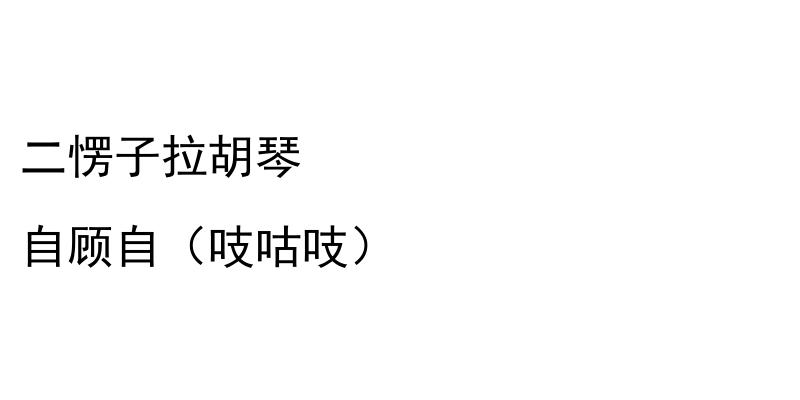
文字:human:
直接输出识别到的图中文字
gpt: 二愣子拉胡琴 自顾自（吱咕吱）